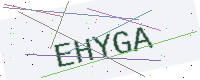
Text: EHYGA